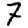
Digit: 7